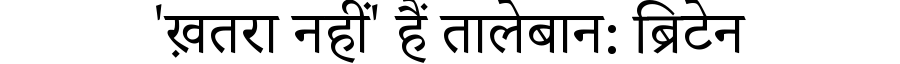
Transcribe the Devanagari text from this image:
'ख़तरा नहीं' हैं तालेबान: ब्रिटेन